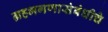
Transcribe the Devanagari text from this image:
ग्रहभगणासंबंधीचे